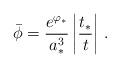
LaTeX: \begin{align*}\bar{\phi} = {e^{\varphi_*} \over a_*^3} \left|{t_*\over t} \right| \, .\end{align*}